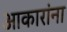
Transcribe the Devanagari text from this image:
आकारांना